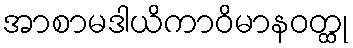
အာစာမဒါယိကာဝိမာနဝတ္ထု